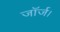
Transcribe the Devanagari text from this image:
जॉर्ज।